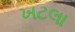
ખટલા